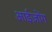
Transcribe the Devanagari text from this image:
आईज़ोंग